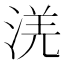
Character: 㳾